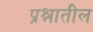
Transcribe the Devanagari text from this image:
प्रश्नातील